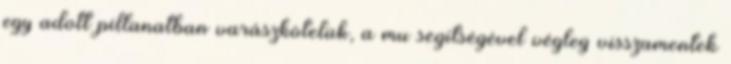
egy adott pillanatban varászkötelük, a mu segítségével végleg visszamentek